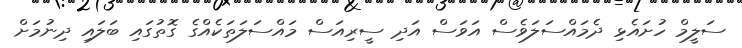
ސަލީމް ހުށައެޅި ދެމައްސަލަވެސް އަވަސް އަދި ސީރިއަސް މައްސަލަތަކެއްގެ ގޮތުގައި ބަލައި ދިނުމަށް